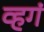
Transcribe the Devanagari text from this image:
व्हगं